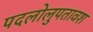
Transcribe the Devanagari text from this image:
पदलोलुपतावश